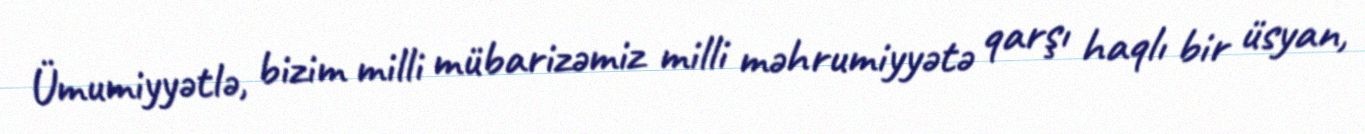
Ümumiyyətlə, bizim milli mübarizəmiz milli məhrumiyyətə qarşı haqlı bir üsyan,